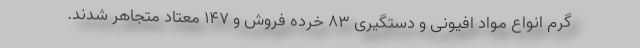
گرم انواع مواد افیونی و دستگیری ۸۳ خرده فروش و ۱۴۷ معتاد متجاهر شدند.